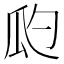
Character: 瓝